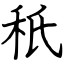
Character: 秖